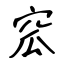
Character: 窊